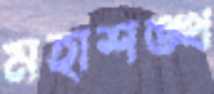
মহাশঙ্খ